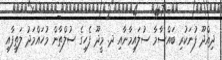
ދިއްދޫ ފުނަކުރި ބައްސާމާ ސުލައިމާނާއި ދ. މީދޫ ފެހިގެ ސުލްތާން މުހައްމަދު ލަތީފާއި